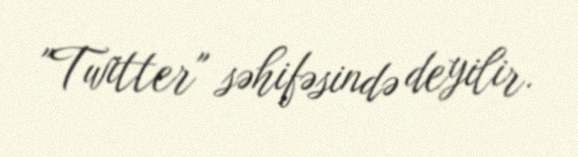
"Twitter" səhifəsində deyilir.